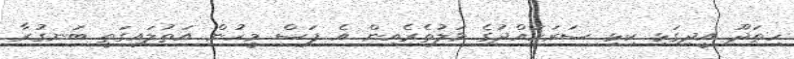
ހިތަދޫ އީދިގަޅި ކިޅި ސަރަހައްދުގެ ވަލުތެރެއިން އެ ފަސް މީހުން އަތުލައިގަތީ ބަނގުރާ